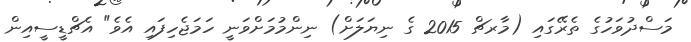
މަސްދުވަހުގެ ތެރޭގައި (މާރޗް 2015 ގެ ނިޔަލަށް) ނިންމުމަށްވަނީ ހަމަޖެހިފައި އެވެ" އެޗްޑީސީއިން